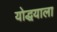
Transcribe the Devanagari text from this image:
योद्धयाला